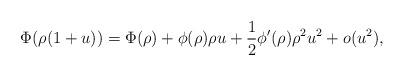
LaTeX: \begin{align*}\Phi(\rho(1+u)) = \Phi(\rho) + \phi(\rho) \rho u + \dfrac{1}{2} \phi'(\rho) \rho^2 u^2 + o(u^2),\end{align*}